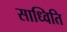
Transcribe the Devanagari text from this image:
साध्विति